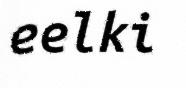
eelki